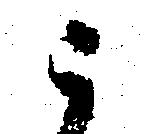
ニ